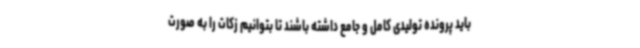
باید پرونده تولیدی کامل و جامع داشته باشند تا بتوانیم زکات را به صورت